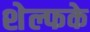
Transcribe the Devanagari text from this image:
शेल्फके